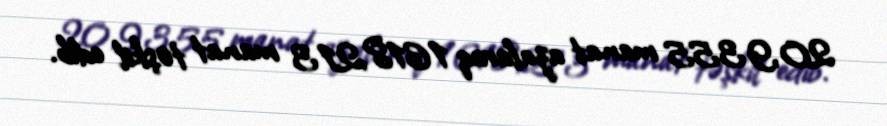
20,9355 manat azalaraq 1618,213 manat təşkil edib.